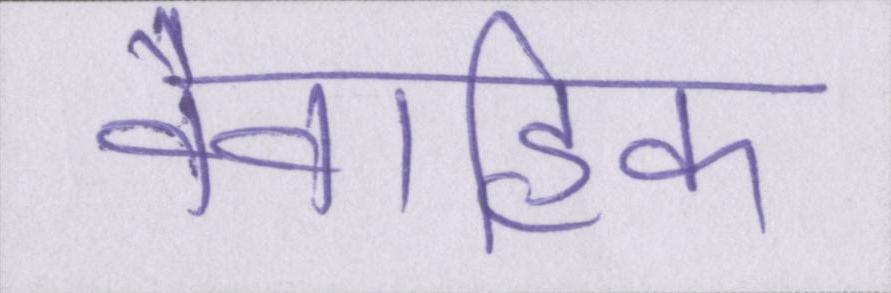
वैवाहिक